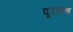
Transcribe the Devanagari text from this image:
पूरसथ